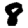
Digit: 8